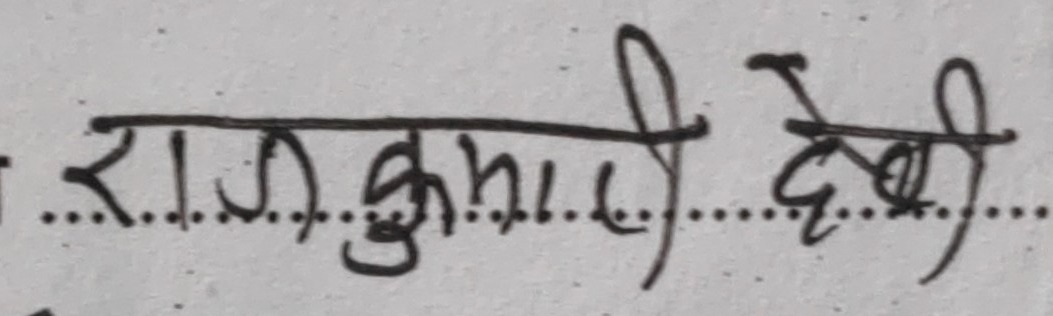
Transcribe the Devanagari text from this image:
राजकुमारी देवी